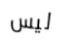
ليس